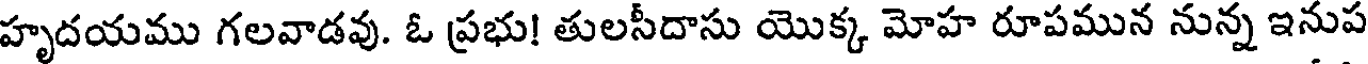
హృదయము గలవాడవు. ఓ ప్రభు! తులసీదాసు యొక్క మోహ రూపమున నున్న ఇనుప